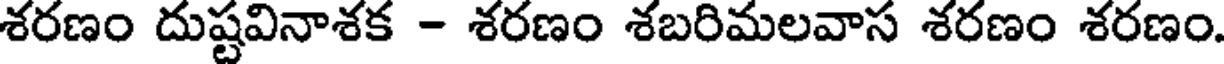
శరణం దుష్టవినాశక - శరణం శబరిమలవాస శరణం శరణం.